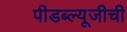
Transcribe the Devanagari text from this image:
पीडब्ल्यूजीची